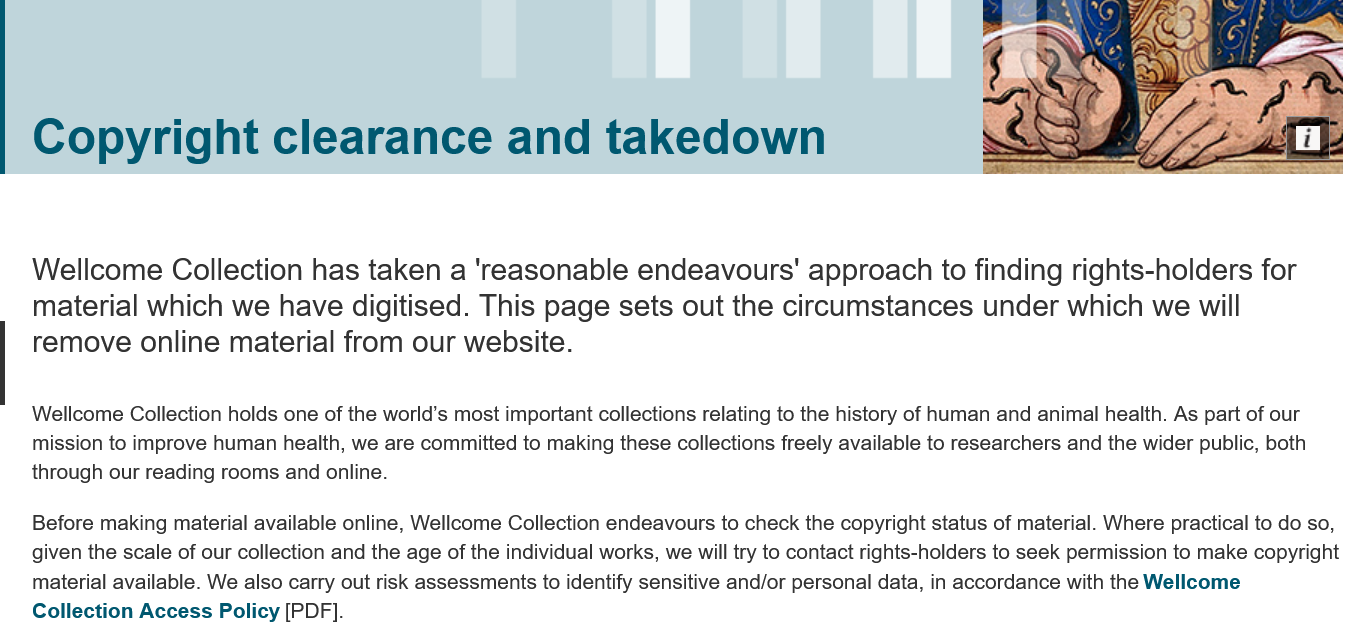
Copyright    clearance    and    takedown
   Wellcome    Collection  has   taken  a  'reasonable    endeavours'    approach   to   finding  rights-holders   for
    material  which   we   have digitised.   This  page   sets  out the  circumstances    under  which   we will
    remove online    material  from   our website.
   Wellcome  Collection holds one of the world’s most important collections relating to the history of human and animal health. As part of our
    mission to improve human health, we are committed to making these collections freely available to researchers and the wider public, both
   through our reading rooms and online.
    Before making material available online, Wellcome Collection endeavours to check the copyright status of material. Where practical to do so,
    given the scale of our collection and the age of the individual works, we will try to contact rights-holders to seek permission to make copyright
    material available. We also carry out risk assessments to identify sensitive and/or personal data, in accordance with the Wellcome
    Collection Access Policy [PDF].